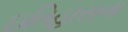
ઇતિહાસના